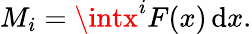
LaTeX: M_{i}=\intx^{i}F(x)\, \mathrm{d}x.